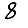
Digit: 8